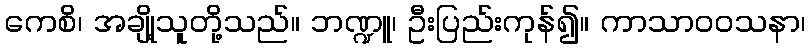
ကေစိ၊ အချို့သူတို့သည်။ ဘဏ္ဍူ၊ ဦးပြည်းကုန်၍။ ကာသာဝဝသနာ၊